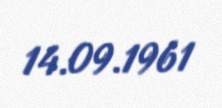
14.09.1961